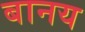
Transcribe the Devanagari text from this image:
बानय